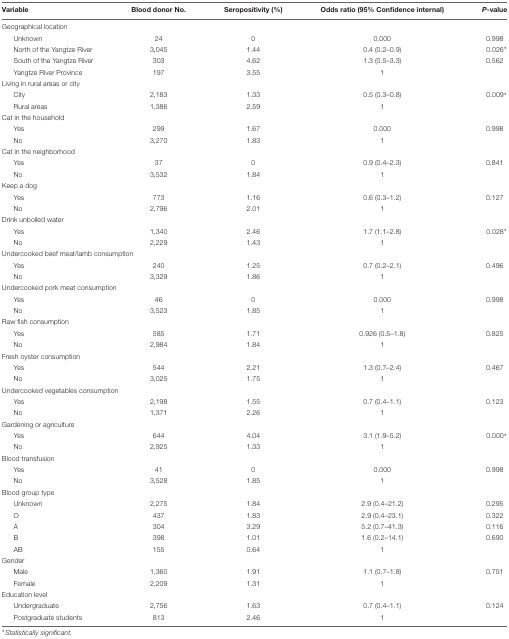
<table><thead><tr><td><b>Variable</b></td><td><b>Blood donor No.</b></td><td><b>Seropositivity (%)</b></td><td><b>Odds ratio (95% Confidence internal)</b></td><td><b><i>P</i>-value</b></td></tr></thead><tbody><tr><td colspan="5">Geographical location</td></tr><tr><td>Unknown</td><td>24</td><td>0</td><td>0.000</td><td>0.998</td></tr><tr><td>North of the Yangtze River</td><td>3,045</td><td>1.44</td><td>0.4 (0.2–0.9)</td><td>0.026<sup>∗</sup></td></tr><tr><td>South of the Yangtze River</td><td>303</td><td>4.62</td><td>1.3 (0.5–3.3)</td><td>0.562</td></tr><tr><td>Yangtze River Province</td><td>197</td><td>3.55</td><td>1</td><td></td></tr><tr><td colspan="5">Living in rural areas or city</td></tr><tr><td>City</td><td>2,183</td><td>1.33</td><td>0.5 (0.3–0.8)</td><td>0.009<sup>∗</sup></td></tr><tr><td>Rural areas</td><td>1,386</td><td>2.59</td><td>1</td><td></td></tr><tr><td colspan="5">Cat in the household</td></tr><tr><td>Yes</td><td>299</td><td>1.67</td><td>0.000</td><td>0.998</td></tr><tr><td>No</td><td>3,270</td><td>1.83</td><td>1</td><td></td></tr><tr><td colspan="5">Cat in the neighborhood</td></tr><tr><td>Yes</td><td>37</td><td>0</td><td>0.9 (0.4–2.3)</td><td>0.841</td></tr><tr><td>No</td><td>3,532</td><td>1.84</td><td>1</td><td></td></tr><tr><td colspan="5">Keep a dog</td></tr><tr><td>Yes</td><td>773</td><td>1.16</td><td>0.6 (0.3–1.2)</td><td>0.127</td></tr><tr><td>No</td><td>2,796</td><td>2.01</td><td>1</td><td></td></tr><tr><td colspan="5">Drink unboiled water</td></tr><tr><td>Yes</td><td>1,340</td><td>2.46</td><td>1.7 (1.1–2.8)</td><td>0.028<sup>∗</sup></td></tr><tr><td>No</td><td>2,229</td><td>1.43</td><td>1</td><td></td></tr><tr><td colspan="5">Undercooked beef meat/lamb consumption</td></tr><tr><td>Yes</td><td>240</td><td>1.25</td><td>0.7 (0.2–2.1)</td><td>0.496</td></tr><tr><td>No</td><td>3,329</td><td>1.86</td><td>1</td><td></td></tr><tr><td colspan="5">Undercooked pork meat consumption</td></tr><tr><td>Yes</td><td>46</td><td>0</td><td>0.000</td><td>0.998</td></tr><tr><td>No</td><td>3,523</td><td>1.85</td><td>1</td><td></td></tr><tr><td colspan="5">Raw fish consumption</td></tr><tr><td>Yes</td><td>585</td><td>1.71</td><td>0.926 (0.5–1.8)</td><td>0.825</td></tr><tr><td>No</td><td>2,984</td><td>1.84</td><td>1</td><td></td></tr><tr><td colspan="5">Fresh oyster consumption</td></tr><tr><td>Yes</td><td>544</td><td>2.21</td><td>1.3 (0.7–2.4)</td><td>0.467</td></tr><tr><td>No</td><td>3,025</td><td>1.75</td><td>1</td><td></td></tr><tr><td colspan="5">Undercooked vegetables consumption</td></tr><tr><td>Yes</td><td>2,198</td><td>1.55</td><td>0.7 (0.4–1.1)</td><td>0.123</td></tr><tr><td>No</td><td>1,371</td><td>2.26</td><td>1</td><td></td></tr><tr><td colspan="5">Gardening or agriculture</td></tr><tr><td>Yes</td><td>644</td><td>4.04</td><td>3.1 (1.9–5.2)</td><td>0.000<sup>∗</sup></td></tr><tr><td>No</td><td>2,925</td><td>1.33</td><td>1</td><td></td></tr><tr><td colspan="5">Blood transfusion</td></tr><tr><td>Yes</td><td>41</td><td>0</td><td>0.000</td><td>0.998</td></tr><tr><td>No</td><td>3,528</td><td>1.85</td><td>1</td><td></td></tr><tr><td colspan="5">Blood group type</td></tr><tr><td>Unknown</td><td>2,275</td><td>1.84</td><td>2.9 (0.4–21.2)</td><td>0.295</td></tr><tr><td>O</td><td>437</td><td>1.83</td><td>2.9 (0.4–23.1)</td><td>0.322</td></tr><tr><td>A</td><td>304</td><td>3.29</td><td>5.2 (0.7–41.3)</td><td>0.116</td></tr><tr><td>B</td><td>398</td><td>1.01</td><td>1.6 (0.2–14.1)</td><td>0.690</td></tr><tr><td>AB</td><td>155</td><td>0.64</td><td>1</td><td></td></tr><tr><td colspan="5">Gender</td></tr><tr><td>Male</td><td>1,360</td><td>1.91</td><td>1.1 (0.7–1.8)</td><td>0.751</td></tr><tr><td>Female</td><td>2,209</td><td>1.31</td><td>1</td><td></td></tr><tr><td colspan="5">Education level</td></tr><tr><td>Undergraduate</td><td>2,756</td><td>1.63</td><td>0.7 (0.4–1.1)</td><td>0.124</td></tr><tr><td>Postgraduate students</td><td>813</td><td>2.46</td><td>1</td><td></td></tr></tbody></table>